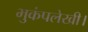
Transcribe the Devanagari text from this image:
भुकंपलेखी।